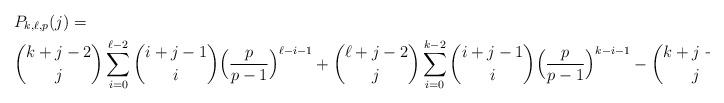
LaTeX: \begin{align*} & P_{k,\ell,p}(j) = \\ & \binom{k+j-2}{j} \sum_{i=0}^{\ell-2} \binom{i+j-1}{i} \Big( \frac{p}{p-1} \Big)^{\ell-i-1} + \binom{\ell+j-2}{j} \sum_{i=0}^{k-2} \binom{i+j-1}{i} \Big( \frac{p}{p-1} \Big)^{k-i-1} - \binom{k+j-2}{j} \binom{\ell+j-2}{j}.\end{align*}